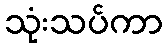
သုံးသပ်ကာ